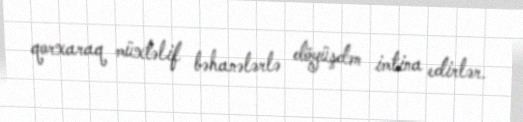
qorxaraq müxtəlif bəhanələrlə döyüşdən imtina edirlər.